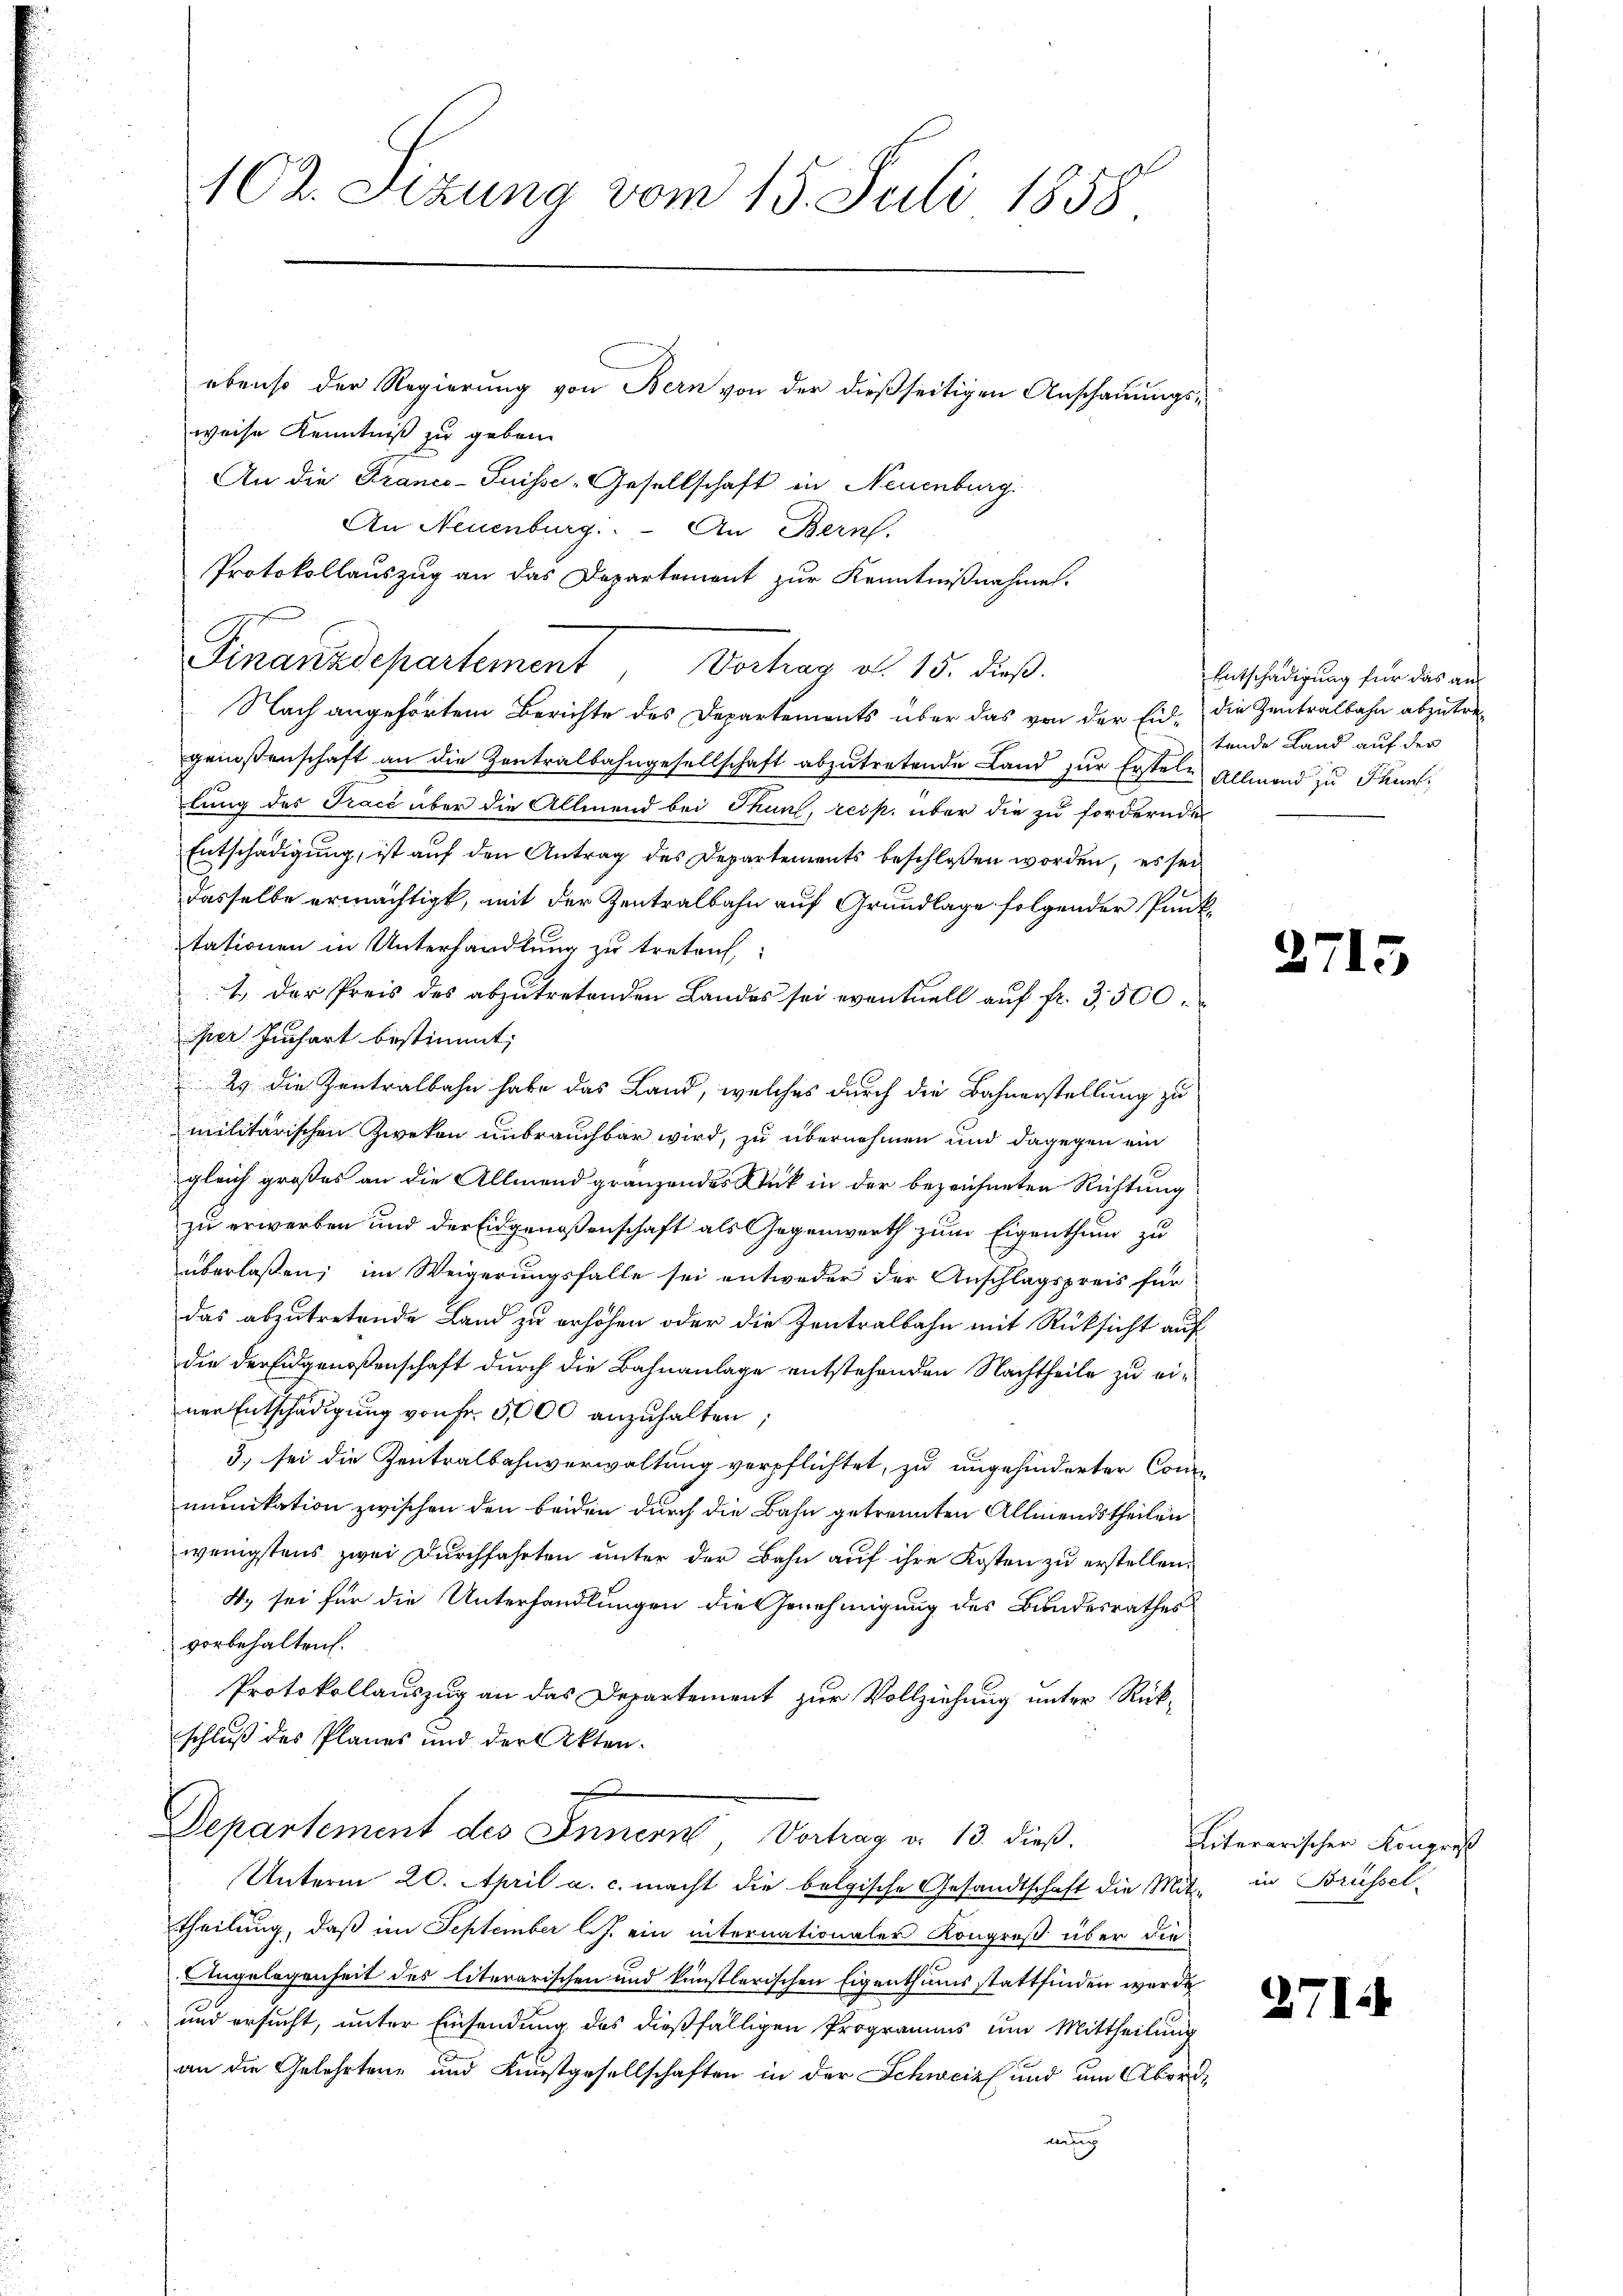
102. Sizung vom 15. Juli 1858
ebenso der Regierung von Bern von der dießseitigen Anschauungs-
weise Kenntniß zu geben.
An die Francs-Puisse Gesellschaft in Neuenburg.

An Neuenburg. - An Bern.
Protokollauszug an das Departement zur Kenntnißnahmen.
Nach angehörtem Berichte des Departements über das von der Eid- die Zentralbahn abzutregenoßenschaft an die Zentralbahngesellschaft abzutretende Land zur Erstele Allmend zu Pannt,
lung des Tracé über die Allmend bei Thunt, resp. über die zu fordernde
Entschädigung, ist auf den Antrag des Departements beschlossen worden, es sei
dasselbe ermächtigt, mit der Zentralbahn auf Grundlage folgender Punktationen in Unterhandlung zu treten,
1. Der Preis des abzutretenden Landes sei eventuell auf fr. 3,500.
er Juchart bestimmt;
23 die Zentralbahn habe das Land, welches durch die Bahnerstellung zu
militärischen Zweken unbrauchbar wird, zu übernehmen und dagegen ein
gleich großes an die Allmend gränzendes Stück in der bezeichneten Richtung
zu erwerben und der Eidgenoßenschaft als Gegenwerth zum Eigenthum zu
überlaßen; im Weigerungsfalle sei entweder der Anschlagspreis für
das abzutretende Land zu erhöhen oder die Zentralbahn mit Rücksicht auf
die der Eidgenoßenschaft durch die Bahnanlage entstehenden Nachtheile zu einer Entschädigung von Fr. 5000 anzuhalten;
5, sei die Zentralbahnverwaltung verpflichtet, zu ungehinderter Conmunikation zwischen den beiden durch die Bahn getrennten Allmendstheilen
wenigstens zwei Durchfahrten unter der Bahn auf ihre Kosten zu erstellen.
4. sei für die Unterhandlungen die Genehmigung des Bundesrathes
vorbehalten.
Protokollauszug an das Departement zur Vollziehung unter Rück-
schluß des Planes und der Akten.
Departement des Innern Vorhag a. 13. dieß.
Unterm 20. April a. c. macht die belgische Gesandtschaft die Mit in Brüssel
theilung, daß im September l.J. ein internationaler Kongreß über die
Angelegenheit des literarischen und künstlerischen Eigenthumsstattfinden werde
und ersucht, unter Einsendung des dießfälligen Programms um Mittheilung
an die Gelehrten und Kunstgesellschaften in der Schweiz und um Abordding

Finanzdepartement, Vorhay d. 15. dieß

Entschädigung für das an
tende Land auf der

)

27

literarischen Kongres

27

15